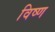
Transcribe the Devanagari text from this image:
विष्ण